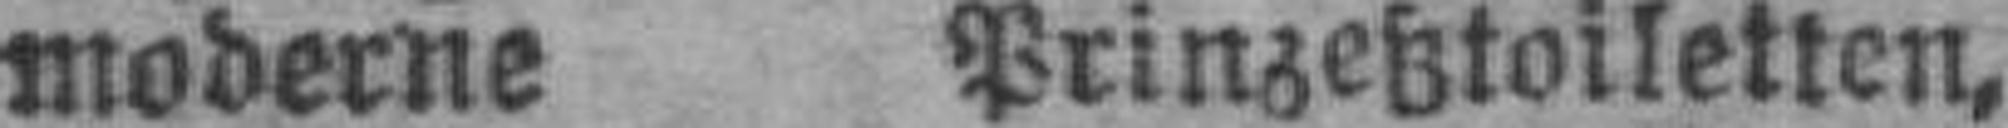
moderne Prinzeßtoiletten,